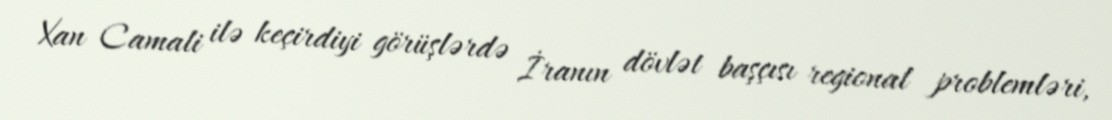
Xan Camali ilə keçirdiyi görüşlərdə İranın dövlət başçısı regional problemləri,